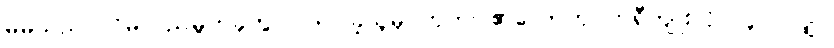
မိမိသည် လိမ်လည်မှုတခုတွင် ပါဝင်ခဲ့သူမှ ဟုတ်ပါ၏လောဟု ဘရီကျူးလို လူပင်လျှင်